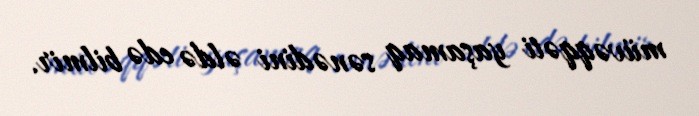
müvəqqəti yaşamaq sənədini əldə edə bilmir.